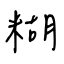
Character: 糊